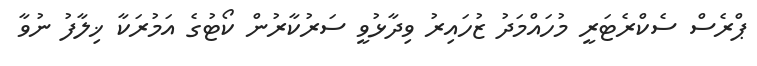
ޕްރެސް ސެކްރެޓަރީ މުހައްމަދު ޒުހައިރު ވިދާޅުވީ ސަރުކާރުން ކޯޓުގެ އަމުރަކާ ޚިލާފު ނުވާ